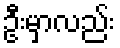
ဦးမှာလည်း